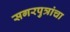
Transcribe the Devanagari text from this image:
सगरपुत्रांचा